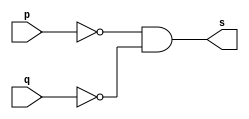
// -------------------------
// Exercicio05 - NOR (propriedade de Morgan)
// Nome: Djonatas Tulio Rodrigues Costa
// -------------------------

// -------------------------
// -- nor gate
// -------------------------
module norgate (output s, input p, input q);
	assign s = ~p & ~q;
endmodule // norgate

// -------------------------
// -- test nor gate
// -------------------------
module testnorgate;
// ------------------------- dados locais
	reg a, b;		// definir registrador
				// (variavel independente)
	wire s;			// definir conexao (fio)
				// (variavel dependente)
// ------------------------- instancia
	norgate NOR1 (s, a, b);
// ------------------------- preparacao
	initial begin:start
		a=0; b=0;
	end
// ------------------------- parte principal
	initial begin:main
		$display("Exercicio05 - Djonatas Tulio Rodrigues Costa - 440954");
		$display("Test NOR(Morgan) gate");
		$display("\n~a & ~b = s\n");
		$monitor("~%b & ~%b = %b", a, b, s);
	#1 a=0; b=1;
	#1 a=1; b=0;
	#1 a=1; b=1;
	end
	
endmodule // testnorgate